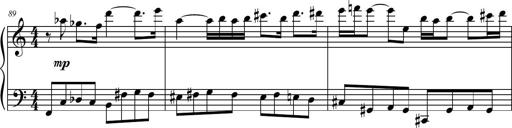
Title: Petite Sonatine
Composer: Richard St. Clair